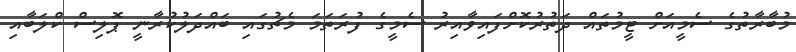
މުބާރާތުގެ ސެމީއަށް ޓީމުތައް ދަތުރުކޮށްފައިވާއިރު ސެމީގެ ފުރަތަމަ މެޗުގައި ބައްދަލުކުރާނީ ޕޮލިސް ކްލަބާއި